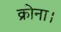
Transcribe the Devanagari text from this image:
क्रोना।